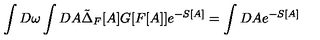
\int D \omega \int D A \tilde { \Delta } _ { F } [ A ] G [ F [ A ] ] e ^ { - S [ A ] } = \int D A e ^ { - S [ A ] }